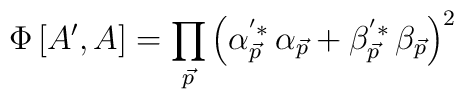
\Phi \left[ A^{\prime },A\right] =\prod_{\vec p}\left( \alpha_{\vec p}^{^{\prime }*}\,\alpha _{\vec p}+\beta _{\vec p}^{^{\prime}*}\,\beta _{\vec p}\right) ^2